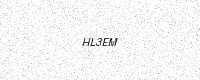
Text: HL3EM